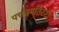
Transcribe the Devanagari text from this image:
पत्तनमतिटटा